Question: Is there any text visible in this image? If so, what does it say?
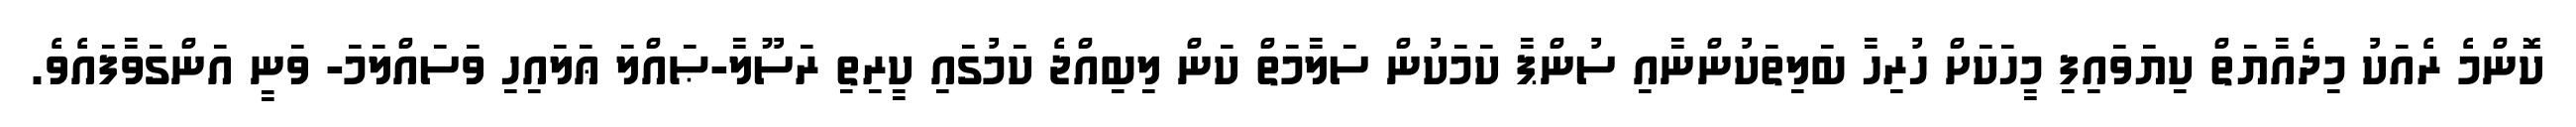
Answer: ކޮންމެ ރެއަކު މިދެއާޔަތް ކިޔަވައިފި މީހަކަށް ހުރިހާ ބަލިތަކުންނާއި ސުންޕާ ކަމަކުން ސަލާމަތް ކަން ލިބިއްޖެ ކަމުގައި ކީރިތި ރަސޫލާ-ޞައްލަ ޢަލައިހި ވަސައްލަމަ- ވަނީ އަންގަވާފައެވެ.